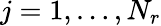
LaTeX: j=1,\dots,N_{r}